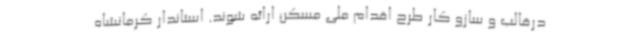
درقالب و سازو کار طرح اقدام ملی مسکن ارائه شوند. استاندار کرمانشاه